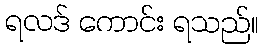
ရလဒ် ကောင်း ရသည်။